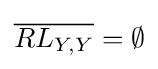
{\overline {RL_{Y,Y}}}=\emptyset